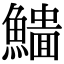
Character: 𩻨